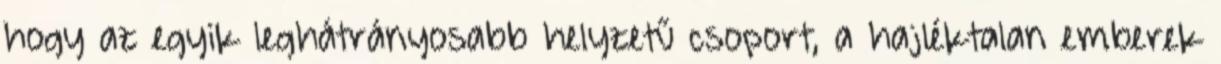
hogy az egyik leghátrányosabb helyzetű csoport, a hajléktalan emberek